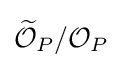
{\widetilde {\mathcal {O}}}_{P}/{\mathcal {O}}_{P}